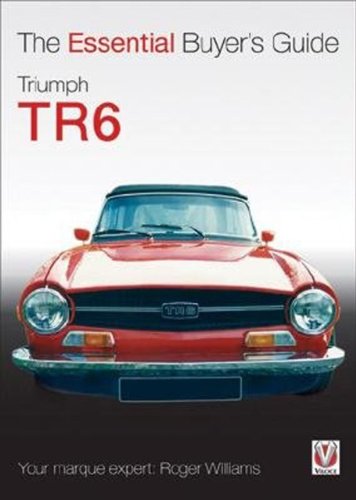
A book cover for Truimph TR6: The Essential Buyer's Guide; A Nonymous; Engineering & Transportation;